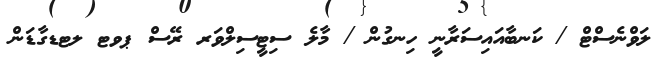
ލަވްނެސްޓް / ކަނބާއައިސަރާނީ ހިނގުން / މާލެ ސިޓީސިލްވަރ ރޭސް ޕވޓ ލޓޑގާޑަން